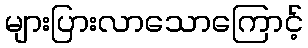
များပြားလာသောကြောင့်